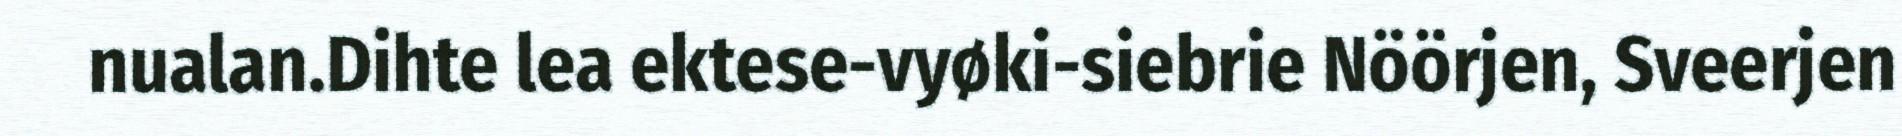
nualan.Dihte lea ektese-vyøki-siebrie Nöörjen, Sveerjen